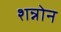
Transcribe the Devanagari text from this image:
शन्नोन